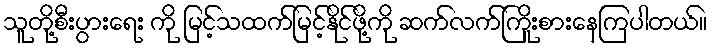
သူတို့စီးပွားရေး ကို မြင့်သထက်မြင့်နိုင်ဖို့ကို ဆက်လက်ကြိုးစားနေကြပါတယ်။